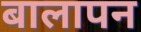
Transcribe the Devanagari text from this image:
बालापन